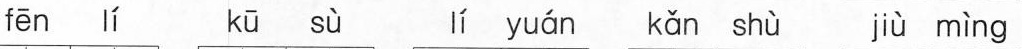
fēn lí kū sù lí yuán kǎn shù jù mìng